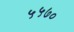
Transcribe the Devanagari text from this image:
५५७०